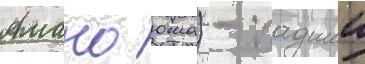
Амано юма) - падшии